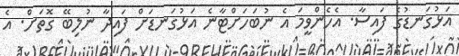
އަޅުގަނޑުގެ ފައިސާ. އެހެންވީމަ އެ ނުބަހަށްޓާނެ އަޅުގަނޑަށް ފައިދާ ނުލިބޭ ގޮތަށް. އެ